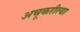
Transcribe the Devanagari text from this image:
अचूकरीत्या